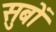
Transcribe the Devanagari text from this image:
सुबों